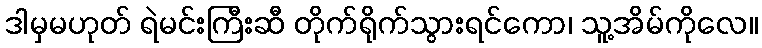
ဒါမှမဟုတ် ရဲမင်းကြီးဆီ တိုက်ရိုက်သွားရင်ကော၊ သူ့အိမ်ကိုလေ။